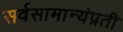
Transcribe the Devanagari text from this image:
सर्वसामान्यंप्रती